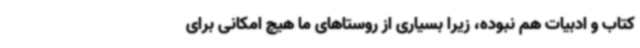
کتاب و ادبیات هم نبوده، زیرا بسیاری از روستاهای ما هیچ امکانی برای